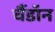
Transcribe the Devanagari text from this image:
चैंडॉन